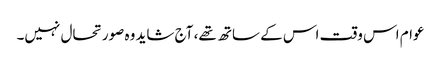
عوام اس وقت اس کے ساتھ تھے، آج شاید وہ صورتحال نہیں۔